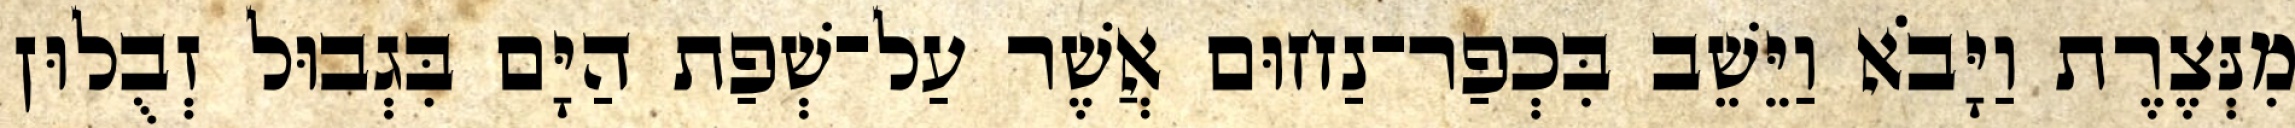
מִנְּצֶרֶת וַיָּבֹא וַיֵּשֵׁב בִּכְפַר־נַחוּם אֲשֶׁר עַל־שְׁפַת הַיָּם בִּגְבוּל זְבֻלוּן